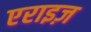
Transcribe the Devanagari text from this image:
एराइज़